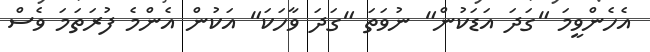
އެހެންވީމަ "ގަދަ އަޑަކުން" ނުވަތަ "ގަދަ ވާހަކަ" އަކުން އެންމެ ފުރަތަމަ ވެސް